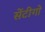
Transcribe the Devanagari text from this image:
सेंटीगो